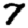
Digit: 7